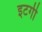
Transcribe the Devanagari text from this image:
इटगी